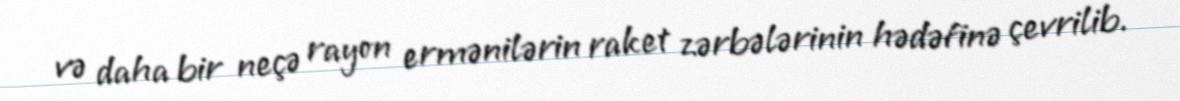
və daha bir neçə rayon ermənilərin raket zərbələrinin hədəfinə çevrilib.